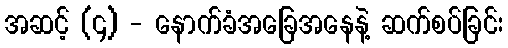
အဆင့် (၄) - နောက်ခံအခြေအနေနဲ့ ဆက်စပ်ခြင်း